Civil Veterinary Department Bihar & Orissa reports 1929-36 - 1929-1936
Year: 1929
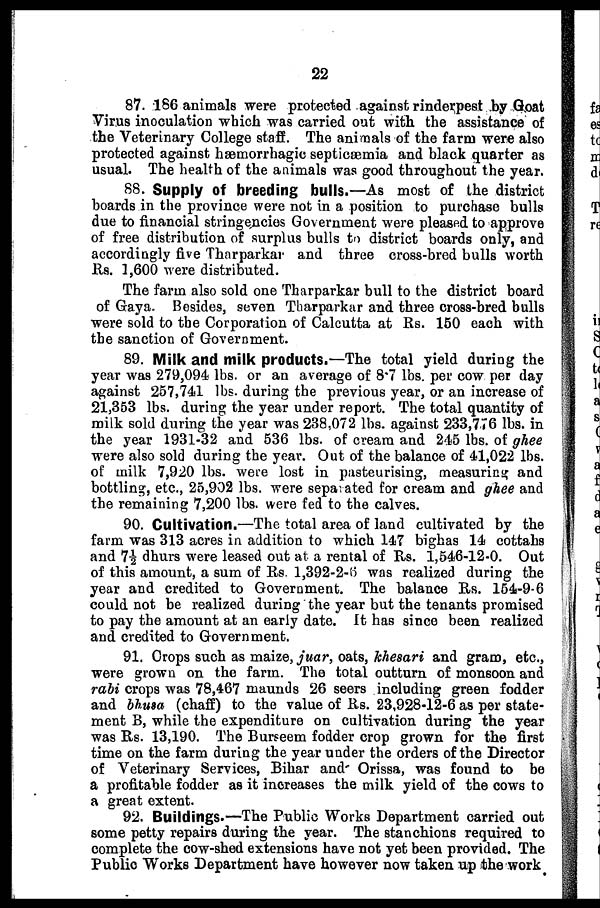
22
87. 186 animals were protected against rinderpest by Goat
Virus inoculation which was carried out with the assistance of
the Veterinary College staff. The animals of the farm were also
protected against hæmorrhagie septicæmia and black quarter as
usual. The health of the animals was good throughout the year.
88. Supply of breeding bulls.—As most of the district
boards in the province were not in a position to purchase bulls
due to financial stringencies Government were pleased to approve
of free distribution of surplus bulls to district boards only, and
accordingly five Tharparkar and three cross-bred bulls worth
Rs. 1,600 were distributed.
The farm also sold one Tharparkar bull to the district board
of Gaya. Besides, seven Tharparkar and three cross-bred bulls
were sold to the Corporation of Calcutta at Rs. 150 each with
the sanction of Government.
89. Milk and milk products.—The total yield during the
year was 279,094 lbs. or an average of 8.7 lbs. per cow per day
against 257,741 lbs. during the previous year, or an increase of
21,353 lbs. during the year under report. The total quantity of
milk sold during the year was 238,072 lbs. against 233,776 lbs. in
the year 1931-32 and 536 lbs. of cream and 245 lbs. of ghee
were also sold during the year. Out of the balance of 41,022 lbs.
of milk 7,920 lbs. were lost in pasteurising, measuring and
bottling, etc., 25,902 lbs. were separated for cream and ghee and
the remaining 7,200 lbs. were fed to the calves.
90. Cultivation.—The total area of land cultivated by the
farm was 313 acres in addition to which 147 bighas 14 cottahs
and 7½ dhurs were leased out at a rental of Rs. 1,546-12-0. Out
of this amount, a sum of Rs. 1,392-2-6 was realized during the
year and credited to Government. The balance Rs. 154-9-6
could not be realized during the year but the tenants promised
to pay the amount at an early date. It has since been realized
and credited to Government.
91. Crops such as maize, juar, oats, khesari and gram, etc.,
were grown on the farm. The total outturn of monsoon and
rabi crops was 78,467 maunds 26 seers including green fodder
and bhusa (chaff) to the value of Rs. 23,928-12-6 as per state-
ment B, while the expenditure on cultivation during the year
was Rs. 13,190. The Burseem fodder crop grown for the first
time on the farm during the year under the orders of the Director
of Veterinary Services, Bihar and Orissa, was found to be
a profitable fodder as it increases the milk yield of the cows to
a great extent.
92. Buildings.—The Public Works Department carried out
some petty repairs during the year. The stanchions required to
complete the cow-shed extensions have not yet been provided. The
Public Works Department have however now taken up the work